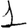
Digit: 1